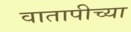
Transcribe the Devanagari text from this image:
वातापीच्या